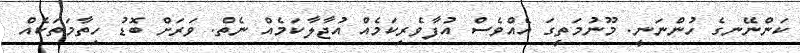
ކަންނޭނގެ ހުންނަނީ. މޫނުމަތީގަ އެއްވެސް އުފާވެރިކަމެއް އުޖާލާކަމެއް ނެތް. ވަރަށް ބޮޑު ހިތާމަތަކެއް